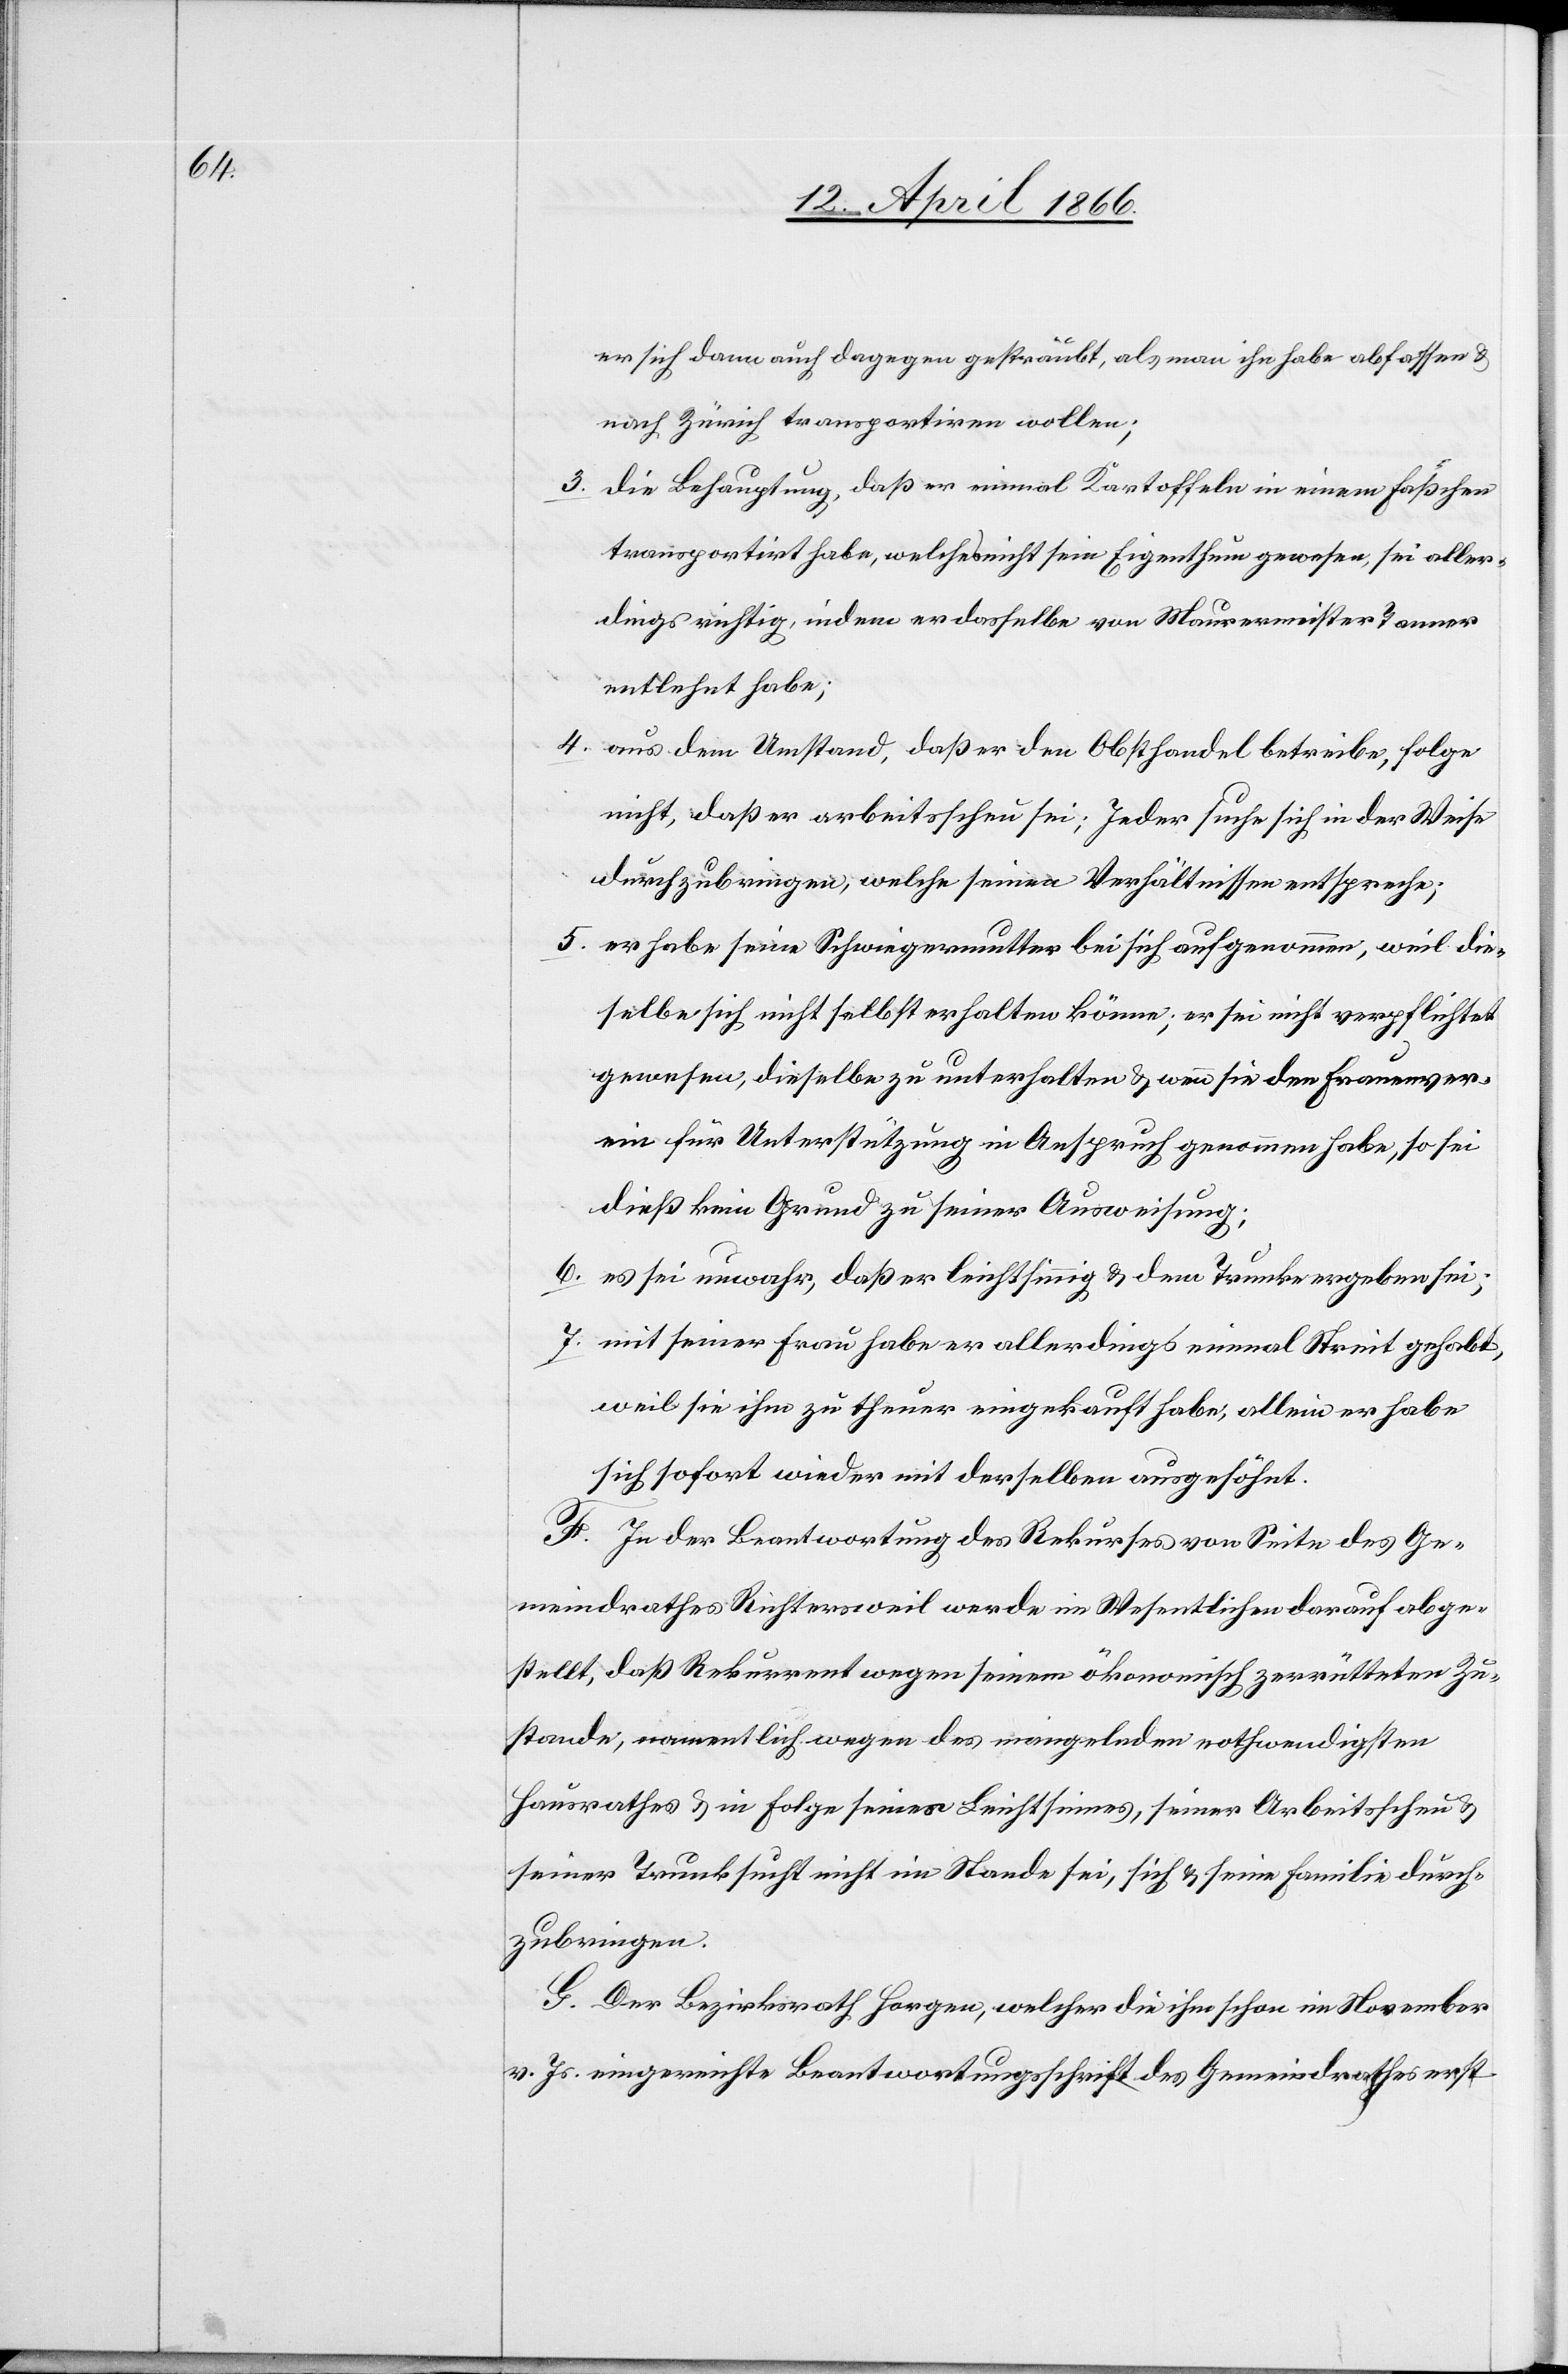
er sich dann auch dagegen gesträubt, als man ihn habe abfassen u.
nach Zürich transportiren wollen;
3. die Behauptung, daß er einmal Kartoffeln in einem Fäßchen
transportirt habe, welches nicht sein Eigenthum gewesen, sei aller¬
dings richtig, indem er dasselbe von Maurermeister Tanner
entlehnt habe;
4. aus dem Umstand, daß er den Obsthandel betreibe, folge
nicht, daß er arbeitsscheu sei; Jeder suche sich in der Weise
durchzubringen, welche seinen Verhältnissen entspreche;
5. er habe seine Schwiegermutter bei sich aufgenommen, weil die¬
selbe sich nicht selbst erhalten könne; er sei nicht verpflichtet
gewesen, dieselbe zu unterhalten u. wenn sie dem Frauenver¬
ein für Unterstützung in Anspruch genommen habe, so sei
dieß kein Grund zu seiner Ausweisung;
6. es sei unwahr, daß er leichtsinnig u. dem Trunke ergeben sei;
7. mit seiner Frau habe er allerdings einmal Streit gehabt,
weil sie ihm zu theuer eingekauft habe; allein er habe
sich sofort wieder mit derselben ausgesöhnt.
F. In der Beantwortung des Rekurses von Seite des Ge¬
meindrathes Richtersweil werde im Wesentlichen darauf abge¬
stellt, daß Rekurrent wegen seinem ökonomisch zerrütteten Zu¬
stande, namentlich wegen des mangelnden nothwendigsten
Hausrathes u. in Folge seines Leichtsinnes, seiner Arbeitsscheu u.
seiner Trunksucht nicht im Stande sei, sich u. seine Familie durch¬
zubringen.
G. Der Bezirksrath Horgen, welcher die ihm schon im November
v. Js. eingereichte Beantwortungsschrift des Gemeindrathes erst